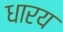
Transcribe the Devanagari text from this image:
धारय